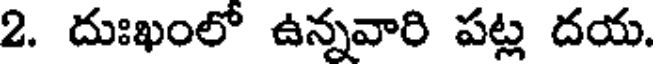
2. దుఃఖంలో ఉన్నవారి పట్ల దయ.